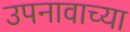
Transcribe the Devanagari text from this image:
उपनावाच्या